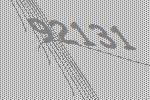
92131